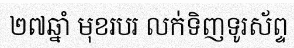
២៧ឆ្នាំ មុខរបរ លក់ទិញទូរស័ព្ទ